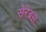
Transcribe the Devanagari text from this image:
सेरेब्रस